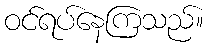
ဝင်ရပ်နေကြသည်။